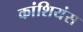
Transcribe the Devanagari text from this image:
कांशियंस